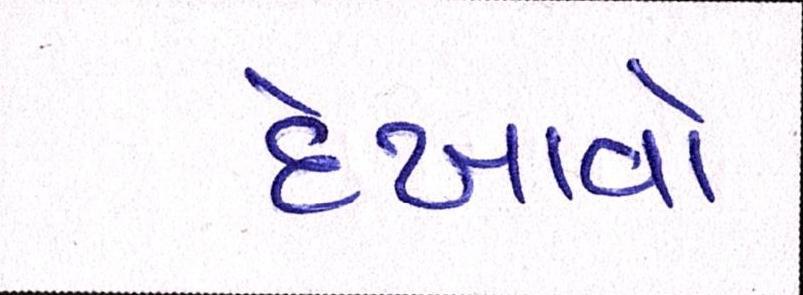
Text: દેખાવો